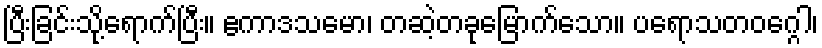
ပြီးခြင်းသို့ရောက်ပြီး။ ဧကာဒသမော၊ တဆဲ့တခုမြောက်သော။ ပရောသတဝဂ္ဂေါ၊